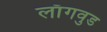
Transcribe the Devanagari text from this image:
लाँगवुड